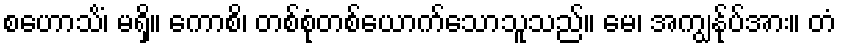
စဟောသိံ၊ မရှိ။ ကောစိ၊ တစ်စုံတစ်ယောက်သောသူသည်။ မေ၊ အကျွန်ုပ်အား။ တံ